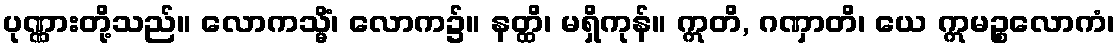
ပုဏ္ဏားတို့သည်။ လောကသ္မိံ၊ လောက၌။ နတ္ထိ၊ မရှိကုန်။ ဣတိ, ဂဏှာတိ၊ ယေ ဣမဉ္စလောကံ၊